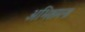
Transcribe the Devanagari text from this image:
अभिशमन।